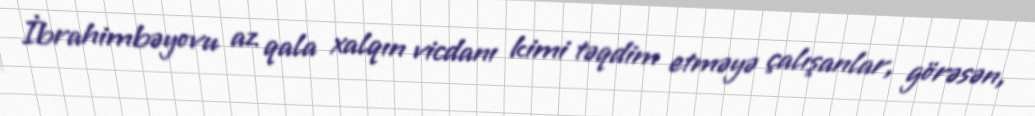
İbrahimbəyovu az qala xalqın vicdanı kimi təqdim etməyə çalışanlar, görəsən,